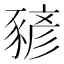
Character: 𧱱